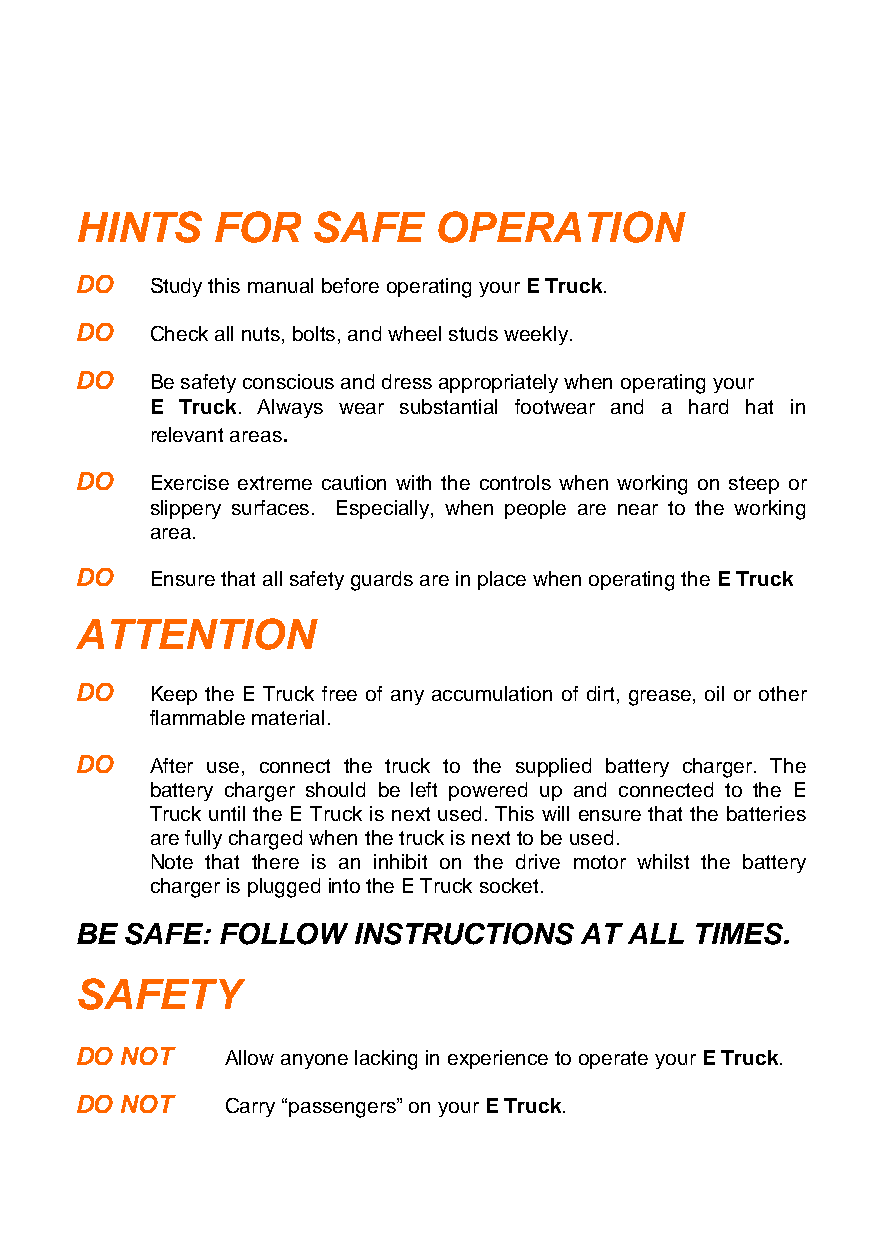
HINTS    FOR    SAFE    OPERATION
 DO   Study this manual before operating your E Truck.
 DO   Check all nuts, bolts, and wheel studs weekly.
 DO   Be safety conscious and dress appropriately when operating your
 E Truck. Always wear substantial footwear and a hard hat in
 relevant areas.
 DO   Exercise extreme caution with the controls when working on steep or
 slippery surfaces. Especially, when people are near to the working
 area.
 DO   Ensure that all safety guards are in place when operating the E Truck
 ATTENTION
 DO   Keep the E Truck free of any accumulation of dirt, grease, oil or other
 flammable material.
 DO   After use, connect the truck to the supplied battery charger. The
 battery charger should be left powered up and connected to the E
 Truck until the E Truck is next used. This will ensure that the batteries
 are fully charged when the truck is next to be used.
 Note that there is an inhibit on the drive motor whilst the battery
 charger is plugged into the E Truck socket.
 BE SAFE:  FOLLOW  INSTRUCTIONS   AT  ALL TIMES.
 SAFETY
 DO NOT    Allow anyone lacking in experience to operate your E Truck.
 DO NOT    Carry “passengers” on your E Truck.